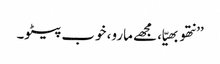
’’نتھو بھیّا، مجھے مارو، خوب پیٹو۔